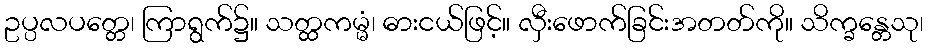
ဥပ္ပလပတ္တေ၊ ကြာရွက်၌။ သတ္ထကမ္မံ၊ ဓားငယ်ဖြင့်။ လှီးဖောက်ခြင်းအတတ်ကို။ သိက္ခန္တေသု၊